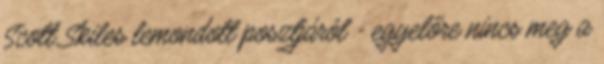
Scott Skiles lemondott posztjáról - egyelőre nincs meg a